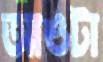
আওটা